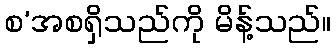
စ’အစရှိသည်ကို မိန့်သည်။